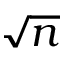
\sqrt { n }